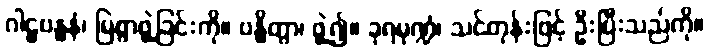
ဂါဠှဗန္ဓနံ၊ မြဲစွာဖွဲ့ခြင်းကို။ ဗန္ဓိတွာ၊ ဖွဲ့၍။ ခုရမုဏ္ဍံ၊ သင်တုန်းဖြင့် ဦးပြီးသည်ကို။